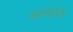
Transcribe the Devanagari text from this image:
अलगोजा